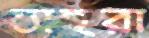
তাহুরা